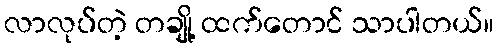
လာလုပ်တဲ့ တချို့ ထက်တောင် သာပါတယ်။